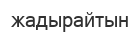
жадырайтын